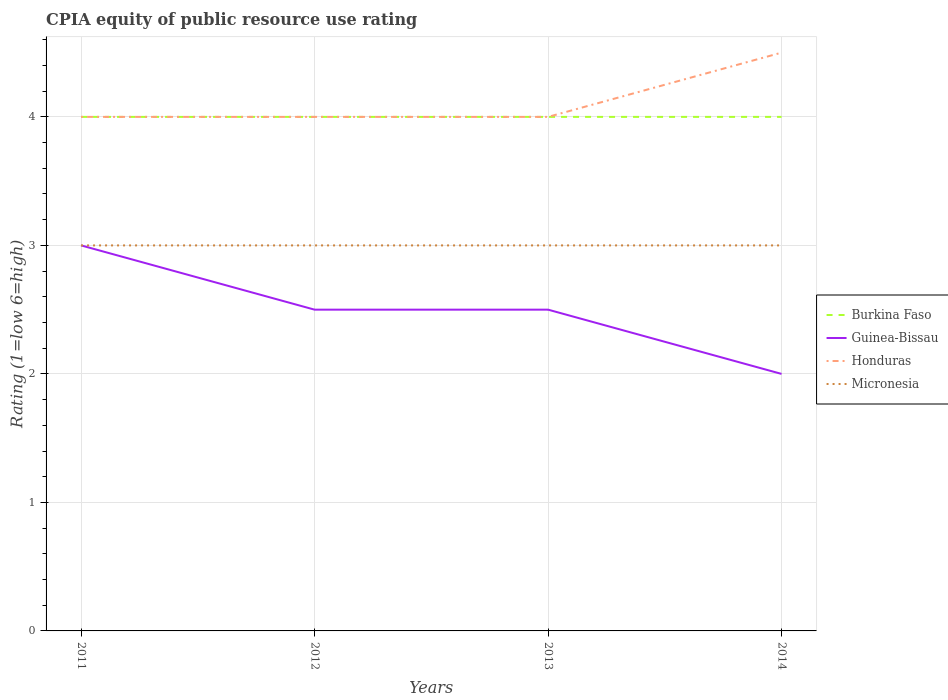
| Years | Burkina Faso | Guinea-Bissau | Honduras | Micronesia |
 | --- | --- | --- | --- | --- |
 | 2011 | 4 | 3 | 4 | 3 |
 | 2012 | 4 | 2.5 | 4 | 3 |
 | 2013 | 4 | 2.5 | 4 | 3 |
 | 2014 | 4 | 2 | 4.5 | 3 |